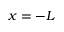
x = - L